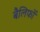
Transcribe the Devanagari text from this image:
बैलिफों